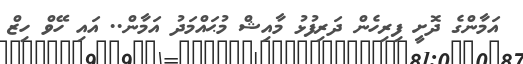
އަމާންގެ ދޮށީ ފިރިހެން ދަރިފުޅު މާއިޝް މުޙައްމަދު އަމާން.. އައި ހޭވް ހިޒް